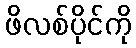
ဖိလစ်ပိုင်ကို